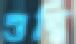
শুদ্ধি